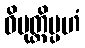
ဝိမုတ္တိမ္ပဟံ